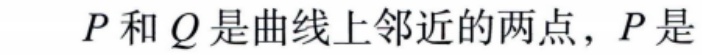
$P$和$Q$是曲线上邻近的两点，$P$是